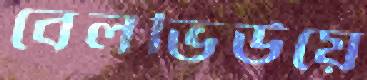
বেলভিউয়ে